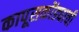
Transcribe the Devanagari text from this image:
कापूसकोंड्याची